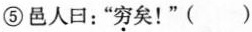
⑤邑人口：”\underset{·}{穷}矣！”()